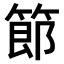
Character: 𫂉